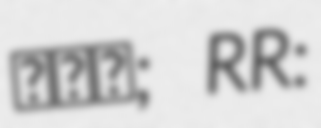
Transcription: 엑시트; RR: